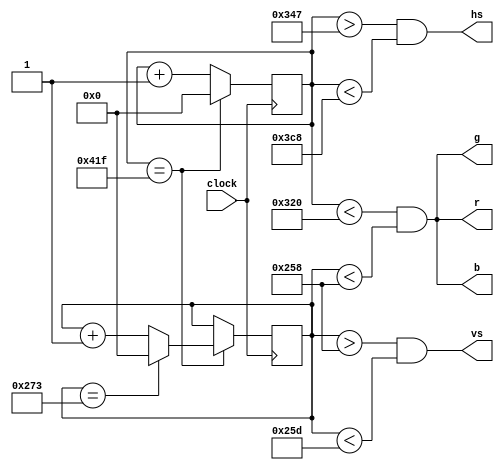
`timescale 1ns / 1ps
//////////////////////////////////////////////////////////////////////////////////
// Company: 
// Engineer: 
// 
// Design Name: 
// Module Name:    Main 
// Project Name: 
// Target Devices: 
// Tool versions: 
// Description: 
//
// Dependencies: 
//
// Revision: 
// Revision 0.01 - File Created
// Additional Comments: 
//
//////////////////////////////////////////////////////////////////////////////////
module Main(
	clock,
	hs,
	vs,
	r,
	g,
	b
    );
			
	input clock;
	output hs, vs, r, g, b;
	
	reg[10:0] x_counter;
	reg[10:0] y_counter;
	
	//wire clk;
	
	initial begin
		x_counter = 0;
		y_counter = 0;
	end
	
	// Always block to drive drawing, {front|back}-doors, and syncs.
	always @(posedge clock) begin
		if(x_counter == 1055)
		begin
			x_counter = 0;
			
			if(y_counter == 627)
				y_counter = 0;
			else
				y_counter = y_counter + 1;
		end
		else
			x_counter = x_counter + 1;
		
	end
	
	assign r = x_counter < 800 && y_counter < 600;
	assign g = x_counter < 800 && y_counter < 600;
	assign b = x_counter < 800 && y_counter < 600;
	
	assign hs = x_counter > 839 && x_counter < 968;
	assign vs = y_counter > 600 && y_counter < 605;

endmodule

module clk_div_4012(
	input clk,
	output reg out
);	
	reg [25:0]count;
	
	initial
	begin
		out = 0;
		count = 0;
	end
	
	always @(posedge clk)begin
		count = count + 1;
		
		if(count > 20060000) begin
			count = 0;
			out = ~out;
		
		end
		
	end
	
endmodule